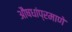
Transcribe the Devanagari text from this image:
औषधांप्रमाणे